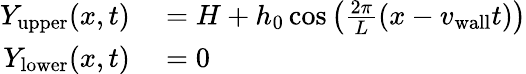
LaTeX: \begin{array}{rl}{Y_{\mathrm{upper}}(x,t)}&{{}=H+h_{0}\cos\left(\frac{2\pi}{L}(x-{v_{\mathrm{wall}}}t)\right)}\\ {Y_{\mathrm{lower}}(x,t)}&{{}=0}\end{array}